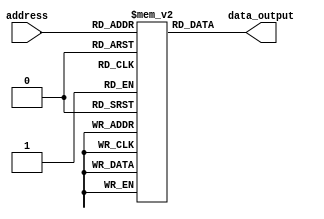
module ROM (
  input wire [address_width-1:0] address,
  output reg [data_width-1:0] data_output
);

  parameter address_width = 8;
  parameter data_width = 8;
  reg [data_width-1:0] memory [0:255]; // Define a memory block of size 256 (2^address_width)

  initial begin
    // Initialize memory data here
    memory[0] = 8'b00000000;
    memory[1] = 8'b00000001;
    // Add more initializations as needed
  end

  always @(*) begin
    data_output = memory[address];
  end

endmodule